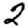
Digit: 2